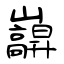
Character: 巐